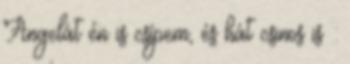
Angelát én is csípem, és hát csinos is :